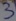
Text: 3